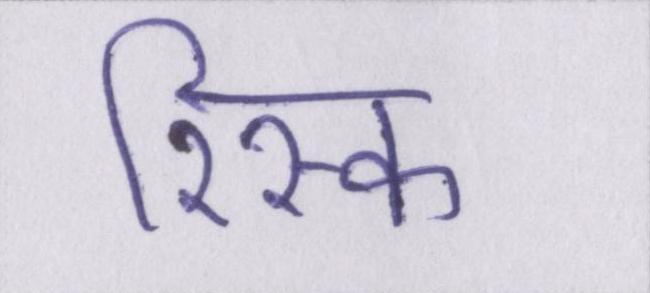
रिस्क